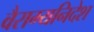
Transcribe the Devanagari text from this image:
वैराग्यनिदेश